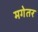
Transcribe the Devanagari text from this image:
मगेतर